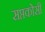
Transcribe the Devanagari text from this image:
सप्तकोसी